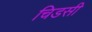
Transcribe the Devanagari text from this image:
चिडसी